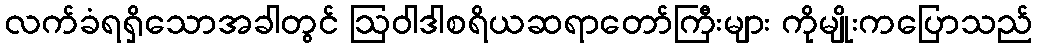
လက်ခံရရှိသောအခါတွင် ဩဝါဒါစရိယဆရာတော်ကြီးများ ကိုမျိုးကပြောသည်